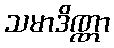
သမာဒိဏ္ဏာ